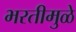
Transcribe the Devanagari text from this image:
भरतीमुळे